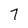
Character: 7